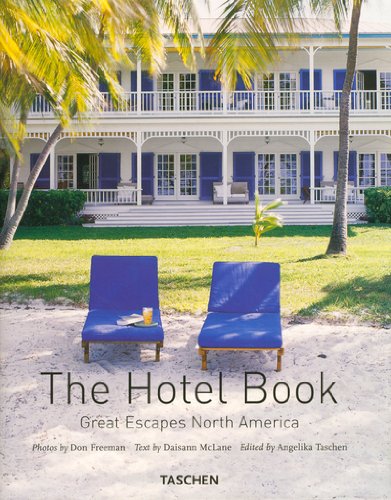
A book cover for The Hotel Book: Great Escapes North America; Diasann McLane; Travel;